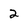
Character: 2